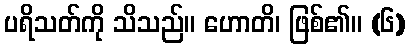
ပရိသတ်ကို သိသည်။ ဟောတိ၊ ဖြစ်၏။ (၆)